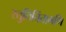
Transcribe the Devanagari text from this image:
स्तुतिचिंतामणि